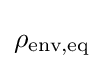
\rho _{\text{env,eq}}